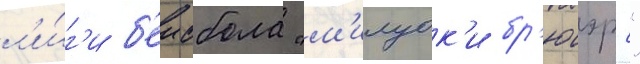
л'и́г'и б'еисбола "м'илуок'и бр'юэрс"